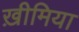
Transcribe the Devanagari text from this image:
ख़ीमिया